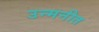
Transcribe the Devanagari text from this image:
उन्मनीत